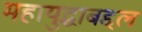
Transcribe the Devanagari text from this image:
महायुद्धाबद्दल